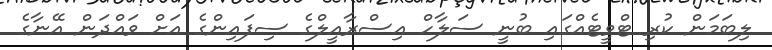
ލިބަމަން ކުރި ޓްވީޓެއްގައި ބުނީ ސަލާހް އިސްރާއީލްގެ ސިފަައިންގެ އަށް ވައްދަން އޭނާގެ